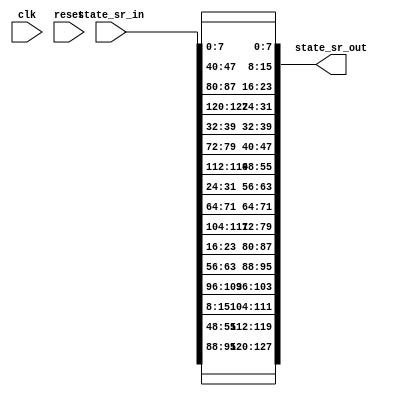
`timescale 1ns / 1ps


module shift_rows(
    input wire clk,
    input wire reset,    
    input wire [127:0] state_sr_in,
    output wire [127:0] state_sr_out
	);
	
	//Internal logic
	reg [127:0] temp; 
	reg [127:0] state_sr_out_reg; 
	reg [127:0] state_sr_out_next;
	
	
	
//	always @(posedge clk)
//    begin
//        state_sr_out_reg <= state_sr_out_next;
//    end
	
	always @*
    begin
    	//Combinational logic
    	state_sr_out_next = state_sr_in;
	
	  //Shift Rows
	    temp[7:0] = state_sr_out_next[7:0];
	    temp[15:8] = state_sr_out_next[47:40];
	    temp[23:16] = state_sr_out_next[87:80];
	    temp[31:24] = state_sr_out_next[127:120];
	
	    temp[39:32] = state_sr_out_next[39:32];
	    temp[47:40] = state_sr_out_next[79:72];
	    temp[55:48] = state_sr_out_next[119:112];
	    temp[63:56] = state_sr_out_next[31:24];
	
	    temp[71:64] = state_sr_out_next[71:64];
	    temp[79:72] = state_sr_out_next[111:104];
	    temp[87:80] = state_sr_out_next[23:16];
	    temp[95:88] = state_sr_out_next[63:56];
	
	    temp[103:96] = state_sr_out_next[103:96];
	    temp[111:104] = state_sr_out_next[15:8];
	    temp[119:112] = state_sr_out_next[55:48];
	    temp[127:120] = state_sr_out_next[95:88];
	    
	    state_sr_out_next[127:0] = temp[127:0];
    end
    
    assign state_sr_out = state_sr_out_next;
    
endmodule